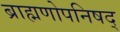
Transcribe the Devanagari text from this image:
ब्राह्मणोपनिषद्